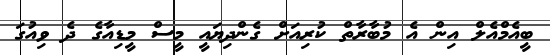
ބީއެމްއެލް އިން އެ މުބާރާތް ކުރިއަށް ގެންދިޔައީ މީސް މީޑިއާގެ ދެ ވިއުގަ